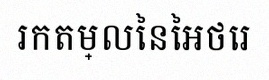
រកតម្លៃនៃអថេរ